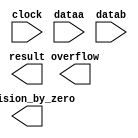
module float_div (
	clock,
	dataa,
	datab,
	division_by_zero,
	overflow,
	result)/* synthesis synthesis_clearbox = 1 */;

	input	  clock;
	input	[31:0]  dataa;
	input	[31:0]  datab;
	output	  division_by_zero;
	output	  overflow;
	output	[31:0]  result;

endmodule